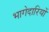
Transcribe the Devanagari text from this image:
भागेदारियों